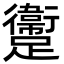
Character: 躛